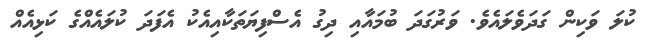
ކުލަ ވަކިން ގަދަވެލައެވެ. ވަރުގަދަ ބުމައާއި ދިގު އެސްފިޔަތަކާއިއެކު އެފަދަ ކުލައެއްގެ ކަޅިއެއް